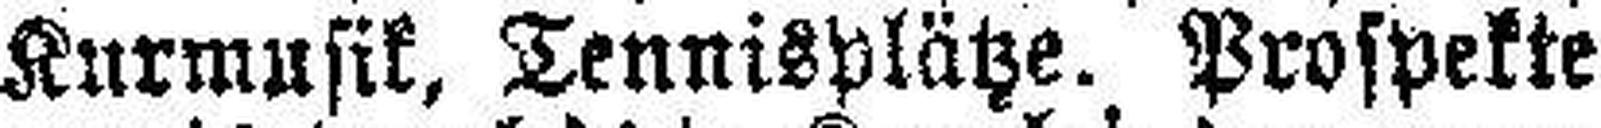
Kurmusik, Tennisplätze. Prospekte